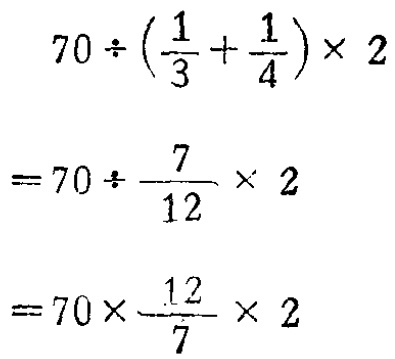
\[

\begin{align*}

&70\div(\frac{1}{3}+\frac{1}{4})\times2\\

=&70\div\frac{7}{12}\times2\\

=&70\times\frac{12}{7}\times2

\end{align*}

\]